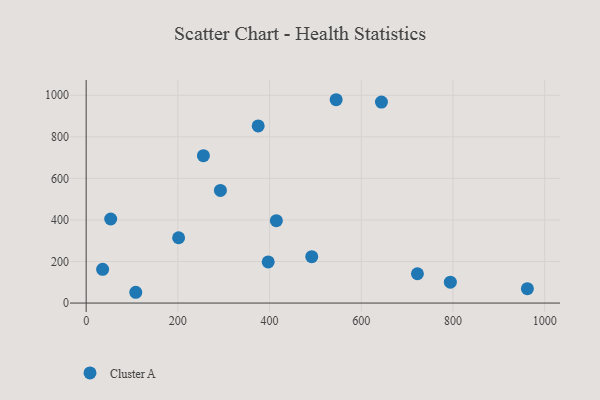
{"axis": {"x": "Investment", "y": "Rating"}, "legend": ["Cluster A"], "data": [{"x": "108.2", "y": 51.9, "type": "Cluster A"}, {"x": "35.9", "y": 162.5, "type": "Cluster A"}, {"x": "722.5", "y": 141.1, "type": "Cluster A"}, {"x": "201.6", "y": 314.4, "type": "Cluster A"}, {"x": "255.7", "y": 709.3, "type": "Cluster A"}, {"x": "292.8", "y": 542.3, "type": "Cluster A"}, {"x": "492.0", "y": 223.1, "type": "Cluster A"}, {"x": "397.0", "y": 198.0, "type": "Cluster A"}, {"x": "644.0", "y": 967.2, "type": "Cluster A"}, {"x": "414.8", "y": 396.3, "type": "Cluster A"}, {"x": "545.2", "y": 978.6, "type": "Cluster A"}, {"x": "53.5", "y": 404.6, "type": "Cluster A"}, {"x": "794.3", "y": 100.6, "type": "Cluster A"}, {"x": "375.2", "y": 852.5, "type": "Cluster A"}, {"x": "962.3", "y": 69.0, "type": "Cluster A"}]}